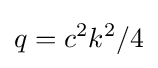
q=c^{2}k^{2}/4